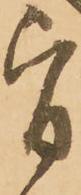
旨